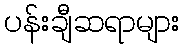
ပန်းချီဆရာများ